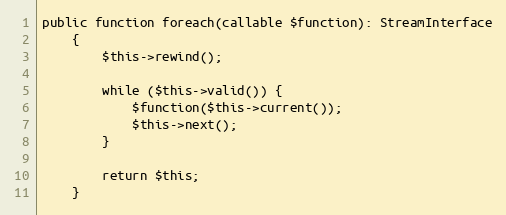
Language: PHP
public function foreach(callable $function): StreamInterface
    {
        $this->rewind();

        while ($this->valid()) {
            $function($this->current());
            $this->next();
        }

        return $this;
    }